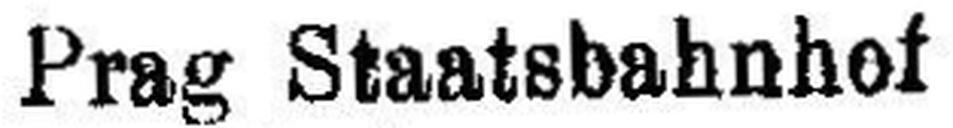
Prag Staatsbahnhof